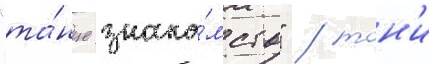
"та́нце знако́мств" / тон'и